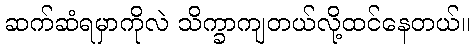
ဆက်ဆံရမှာကိုလဲ သိက္ခာကျတယ်လို့ထင်နေတယ်။